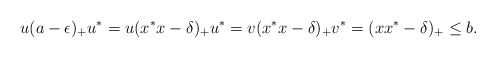
\begin{align*}& u(a-\epsilon)_+u^*=u(x^*x-\delta)_+u^*=v(x^*x-\delta)_+v^*=(xx^*-\delta)_+\le b.\end{align*}